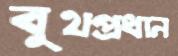
বুথপ্রধান